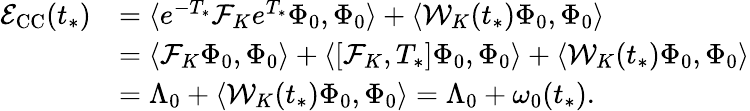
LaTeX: \begin{array}{rl}{\mathcal{E}_{\mathrm{CC}}(t_{*})}&{=\langle e^{-T_{*}}\mathcal{F}_{K}e^{T_{*}}\Phi_{0},\Phi_{0}\rangle+\langle\mathcal{W}_{K}(t_{*})\Phi_{0},\Phi_{0}\rangle}\\ &{=\langle\mathcal{F}_{K}\Phi_{0},\Phi_{0}\rangle+\langle[\mathcal{F}_{K},T_{*}]\Phi_{0},\Phi_{0}\rangle+\langle\mathcal{W}_{K}(t_{*})\Phi_{0},\Phi_{0}\rangle}\\ &{=\Lambda_{0}+\langle\mathcal{W}_{K}(t_{*})\Phi_{0},\Phi_{0}\rangle=\Lambda_{0}+\omega_{0}(t_{*}).}\end{array}